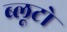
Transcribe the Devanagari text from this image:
ब्लूटो